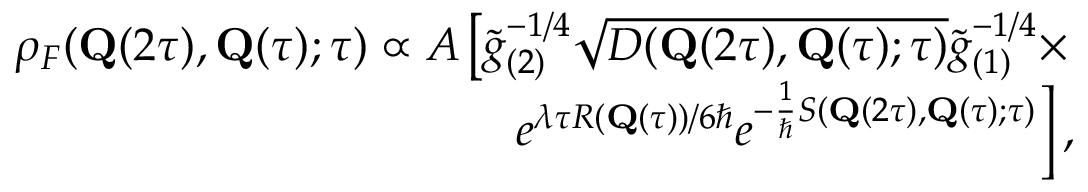
\begin{array} { r } { \rho _ { F } ( \mathbf { Q } ( 2 \tau ) , \mathbf { Q } ( \tau ) ; \tau ) \propto { \cal A } \left[ \tilde { g } _ { ( 2 ) } ^ { - 1 / 4 } \sqrt { D ( \mathbf { Q } ( 2 \tau ) , \mathbf { Q } ( \tau ) ; \tau ) } \tilde { g } _ { ( 1 ) } ^ { - 1 / 4 } \times \right. } \\ { \left. e ^ { \lambda \tau R ( \mathbf { Q } ( \tau ) ) / 6 \hbar } e ^ { - \frac { 1 } { \hbar } S ( \mathbf { Q } ( 2 \tau ) , \mathbf { Q } ( \tau ) ; \tau ) } \right] , } \end{array}